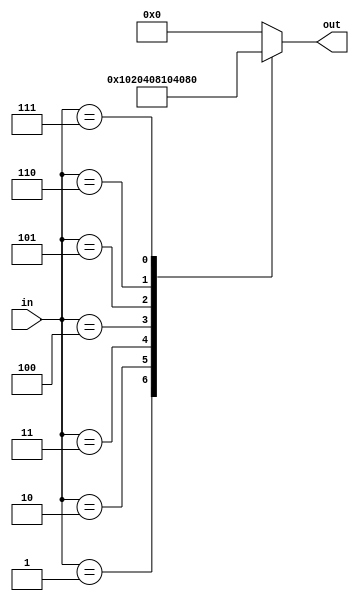
module decoder_always (in,out);
input [2:0] in;
output [7:0] out;
reg [7:0] out;
 
always @ (in)
begin
  out = 0;
  case (in)
    3'b001 : out = 8'b0000_0001;
    3'b010 : out = 8'b0000_0010;
    3'b011 : out = 8'b0000_0100;
    3'b100 : out = 8'b0000_1000;
    3'b101 : out = 8'b0001_0000;
    3'b110 : out = 8'b0100_0000;
    3'b111 : out = 8'b1000_0000;
  endcase
end
  	  	 
endmodule